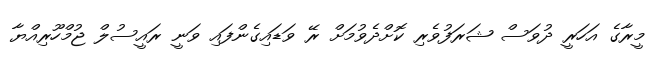
މީރާގެ އަހަރީ ދުވަސް ޝަރަފުވެރި ކޮށްދެވުމަށް ރޭ ވަޑައިގެންފައި ވަނީ ރައީސުލް ޖުމްހޫރިއްޔާ